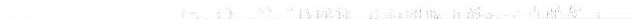
___